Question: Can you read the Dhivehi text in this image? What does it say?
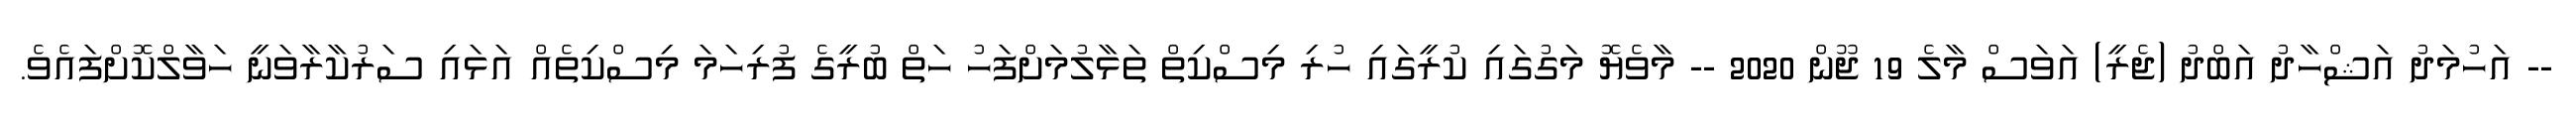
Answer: -- އަހުމަދު އަޝްހާދު އަބްދު (ޖެރީ) އަވަސް މާލެ 19 ޖޫން 2020 -- މާވެޔޮ މަގުގައި ކުރީގައި ހުރި މިސްކިތް ތަޅާލުމަށްފަހު ހަތް ބުރީގެ ފުރިހަމަ މިސްކިތެއް އަޅައި ސަރުކާރާވަނީ ހަވާލްކޮށްފައެވެ.